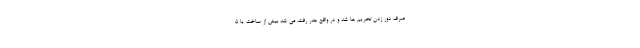
صرف دور زدن تحریم ها شد و در واقع هدر رفت، می شد بیش از ساخت یا 5